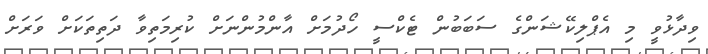
ވިދާޅުވީ މި އެޕްލިކޭޝަންގެ ސަބަބުން ޓެކްސީ ހޯދުމަށް އާންމުންނަށް ކުރިމަތިވާ ދަތިތަކަށް ވަރަށް